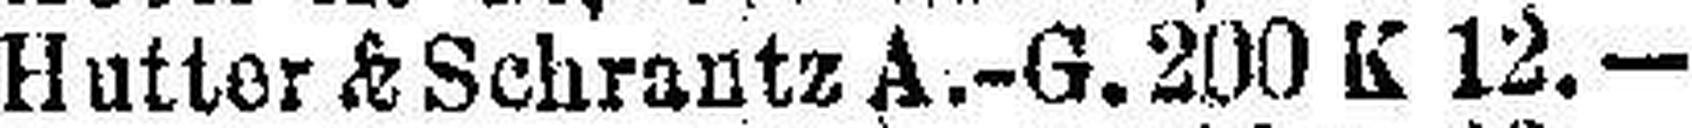
Hutter & Schrantz A.-G. 200 K 12.—